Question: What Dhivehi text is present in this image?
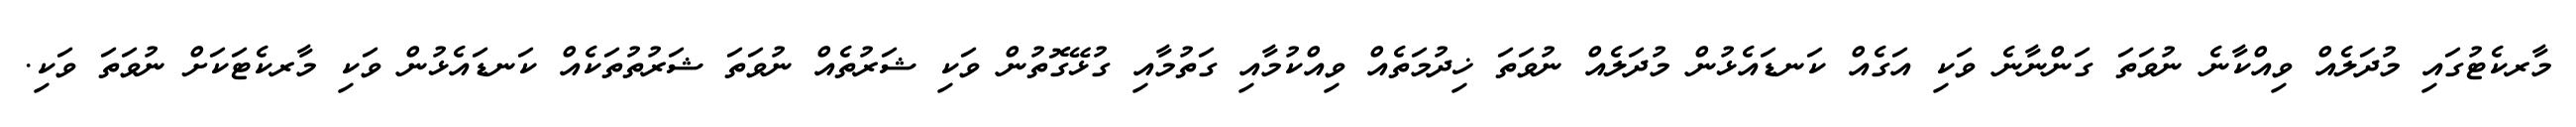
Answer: މާރކެޓުގައި މުދަލެއް ވިއްކާނެ ނުވަތަ ގަންނާނެ ވަކި އަގެއް ކަނޑައެޅުން މުދަލެއް ނުވަތަ ޚިދުމަތެއް ވިއްކުމާއި ގަތުމާއި ގުޅޭގޮތުން ވަކި ޝަރުތެއް ނުވަތަ ޝަރުތުތަކެއް ކަނޑައެޅުން ވަކި މާރކެޓަކަށް ނުވަތަ ވަކި.